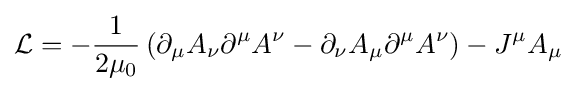
{\mathcal {L}}=-{\frac {1}{2\mu _{0}}}\left(\partial _{\mu }A_{\nu }\partial ^{\mu }A^{\nu }-\partial _{\nu }A_{\mu }\partial ^{\mu }A^{\nu }\right)-J^{\mu }A_{\mu }